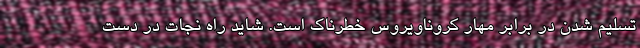
تسلیم شدن در برابر مهار کروناویروس خطرناک است. شاید راه نجات در دست